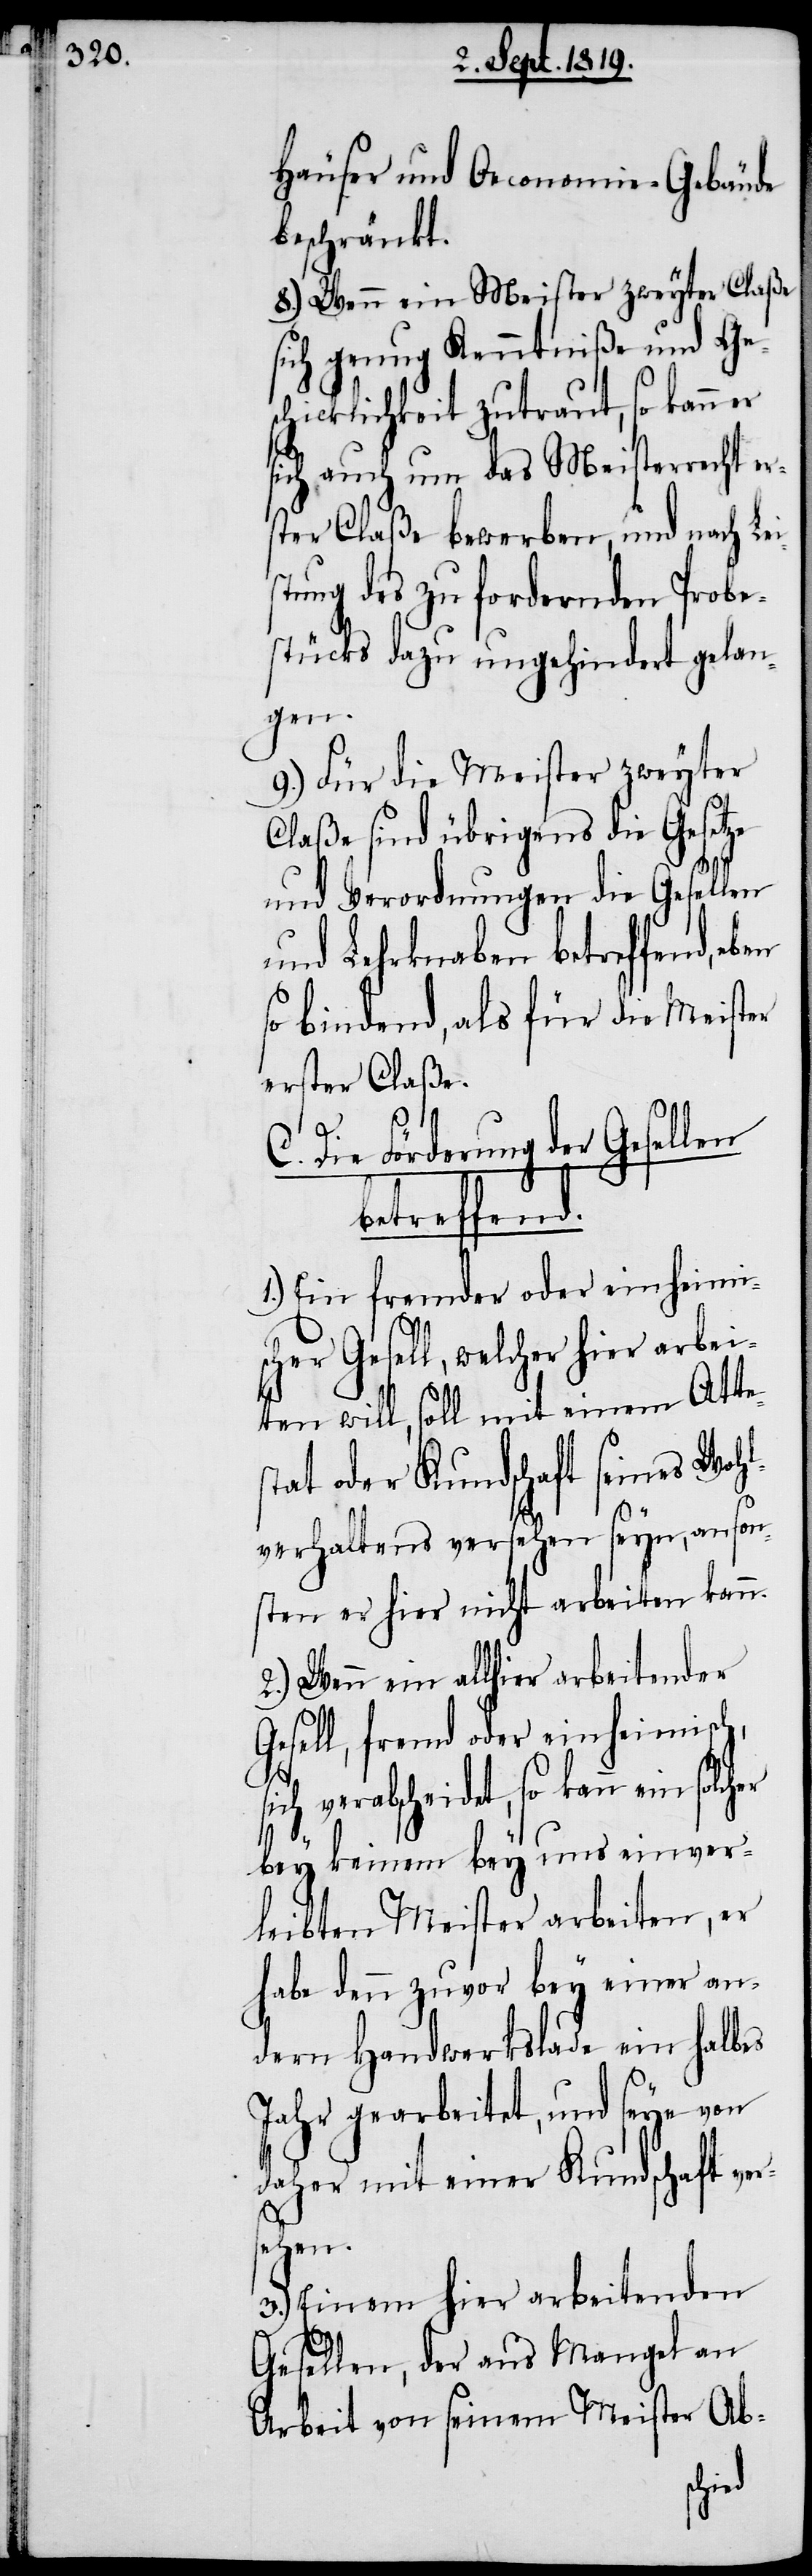
s¬

Häuser und Oeconomie-Gebäude
beschränkt.
8.) Wenn ein Meister zweyter Claße
sich genug Kenntniße und Ges¬
chicklichkeit zutraut, so kann
sich auch um das Meisterrecht er¬
ster Claße bewerben, und nach Lei¬
stung des zu fordernden Probe¬
stücks dazu ungehindert gelan¬
gen.
9.) Für die Meister zweyter
Claße sind übrigens die Gesetze
und Verordnungen die Gesellen
und Lehrknaben betreffend,
so bindend, als für die Meister
erster Claße.
Die Förderung der Gesellen
betreffend.
1.) Ein fremder oder einheimi¬
scher Gesell, welcher hier arbei¬
ten will, soll mit einem Atte¬
tat oder Kundschaft seines Woh¬
lverhaltens versehen seyn, anson¬
sten er hier nicht arbeiten kann.
2.) Wenn ein allhier arbeitender
Gesell, fremd oder einheimisch,
sich verabscheidet, so kann ein solcher
bey keinem bey uns einver¬
leibten Meister arbeiten, er
habe denn zuvor bey einer an¬
dern Handwerkslade ein halbes
Jahr gearbeitet, und seye von
daher mit einer Kundschaft ver¬
sehen.
3.) Einem hier arbeitenden
Gesellen, der aus Mangel an
Arbeit von seinem Meister Ab-